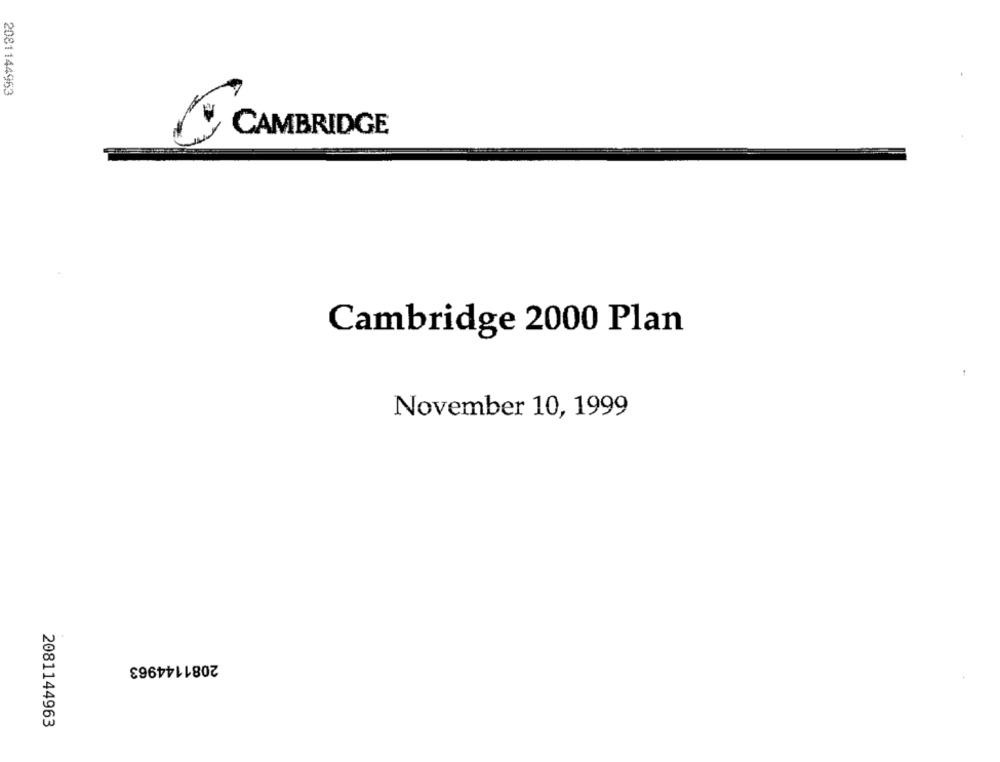
2081144953
CAMBRIDGE
Cambridge 2000 Plan
November 10, 1999
2081144963
2081144963